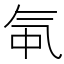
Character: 㲴